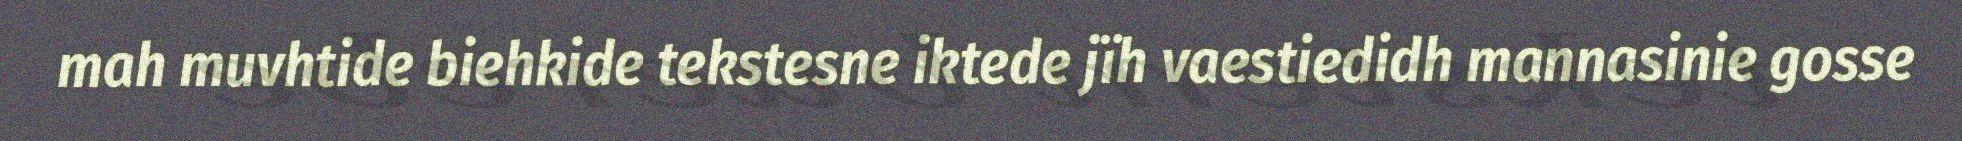
mah muvhtide biehkide tekstesne iktede jïh vaestiedidh mannasinie gosse